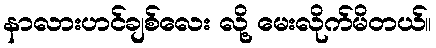
နာလားဟင်ချစ်လေး လို့ မေးလိုက်မိတယ်။